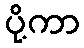
ပို့ကာ